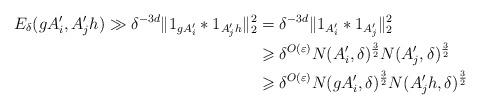
LaTeX: \begin{align*}E_{\delta}(gA_i',A_j'h)\gg\delta^{-3d}\|1_{gA_i'}*1_{A_j'h}\|_2^2 &=\delta^{-3d}\|1_{A_i'}*1_{A_j'}\|_2^2\\&\geqslant\delta^{O(\varepsilon)}N(A_i',\delta)^{\frac{3}{2}}N(A_j',\delta)^{\frac{3}{2}}\\&\geqslant\delta^{O(\varepsilon)}N(gA_i',\delta)^{\frac{3}{2}}N(A_j'h,\delta)^{\frac{3}{2}}\end{align*}